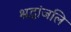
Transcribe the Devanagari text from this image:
श्रद्धांजलि